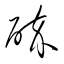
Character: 砕